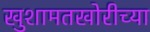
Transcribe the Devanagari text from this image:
खुशामतखोरीच्या